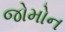
જોમોન